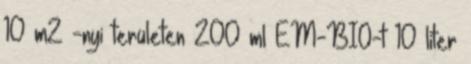
10 m2 -nyi területen 200 ml EM-BIO-t 10 liter